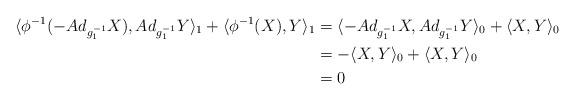
LaTeX: \begin{align*} \langle \phi^{-1}(-Ad_{g_1^{-1}} X), Ad_{g_1^{-1}} Y\rangle_1 + \langle \phi^{-1}(X), Y\rangle_1 &= \langle -Ad_{g_1^{-1}} X, Ad_{g_1^{-1}} Y\rangle_0 + \langle X,Y\rangle_0\\ &= -\langle X,Y\rangle_0 + \langle X,Y\rangle_0\\ &= 0 \end{align*}